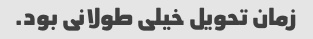
زمان تحویل خیلی طولانی بود.